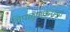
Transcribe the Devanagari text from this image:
चिपळूणकरांचा